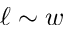
\ell \sim w